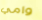
وامي